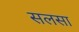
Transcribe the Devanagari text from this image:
सलसा